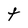
Character: t